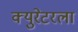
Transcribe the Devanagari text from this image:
क्युरेटरला